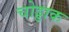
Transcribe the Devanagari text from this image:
चोड्डाक